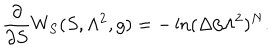
{ \frac { \partial } { \partial S } } W _ { S } ( S , \Lambda ^ { 2 } , g ) = - \ln ( \Delta / \Lambda ^ { 2 } ) ^ { N } .